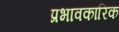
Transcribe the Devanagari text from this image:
प्रभावकारिक